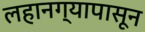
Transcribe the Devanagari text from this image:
लहानग्यापासून